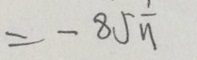
= - 8 5 \frac { 1 } { 1 1 }